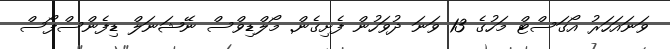
ވަނައަހަރު އޯގަސްޓް މަހުގެ 13 ވަނަ ދުވަހުން ފެށިގެން